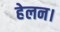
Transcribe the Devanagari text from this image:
हेलन।